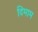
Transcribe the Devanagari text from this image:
दिमाम